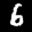
Label: 6